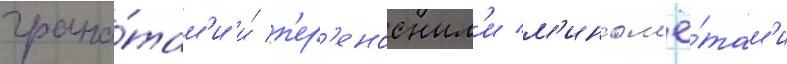
грана́там'и и́ п'ер'еносным'и м'ином'ё́там'и